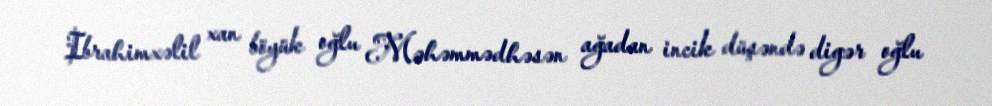
Ibrahimxəlil xan böyük oğlu Məhəmmədhəsən ağadan incik düşəndə digər oğlu